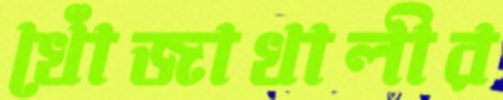
খোঁজাখালীর